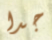
جدا